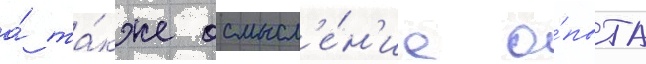
а́ та́кже осмысл'е́н'ие о́пыта